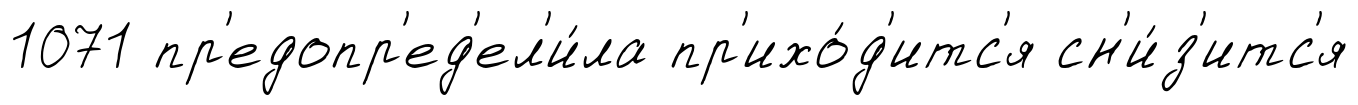
1071 пр'едопр'ед'ел'и́ла пр'ихо́д'итс'я сн'и́з'итс'я